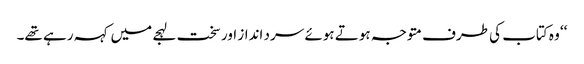
‘‘ وہ کتاب کی طرف متوجہ ہوتے ہوئے سرد انداز اور سخت لہجے میں کہہ رہے تھے۔